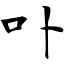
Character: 卟